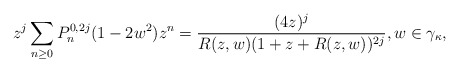
\begin{align*}z^j \sum_{n \geq 0}P_n^{0,2j}(1-2w^2)z^n = \frac{(4z)^j}{R(z,w)(1+z+R(z,w))^{2j}}, w \in \gamma_{\kappa},\end{align*}